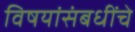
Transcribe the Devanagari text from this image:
विषयांसंबधींचे